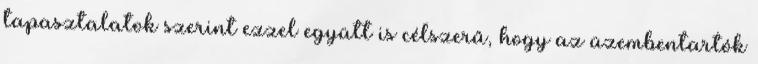
tapasztalatok szerint ezzel együtt is célszerű, hogy az üzembentartók